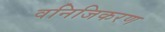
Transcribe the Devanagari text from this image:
वनिजिकरण